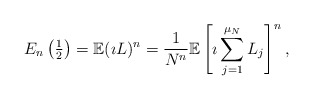
\begin{align*}E_{n} \left( \tfrac{1}{2} \right) = \mathbb{E} (\imath L)^{n} = \frac{1}{N^{n}} \mathbb{E} \left[ \imath \sum_{j=1}^{\mu_{N}} L_{j} \right]^{n},\end{align*}